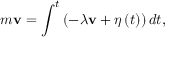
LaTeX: m \mathbf { v } = \int ^ { t } \left( - \lambda \mathbf { v } + { \boldsymbol { \eta } } \left( t \right) \right) d t ,